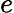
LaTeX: \textit{e}